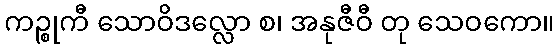
ကဉ္စုကီ သောဝိဒလ္လော စ၊ အနုဇီဝီ တု သေဝကော။